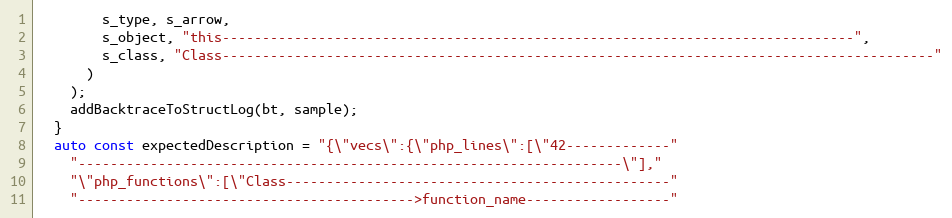
Language: C++
        s_type, s_arrow,
        s_object, "this-------------------------------------------------------------------------------",
        s_class, "Class-----------------------------------------------------------------------------------------"
      )
    );
    addBacktraceToStructLog(bt, sample);
  }
  auto const expectedDescription = "{\"vecs\":{\"php_lines\":[\"42-------------"
    "--------------------------------------------------------------------\"],"
    "\"php_functions\":[\"Class------------------------------------------------"
    "------------------------------------------>function_name------------------"